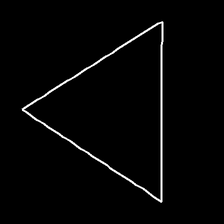
Glyph: convergence